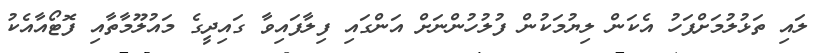
ލައި ތަޅުލުމަށްފަހު އެކަން ލިޔުމަކުން ފުލުހުންނަށް އަންގައި ފިލާފައިވާ ގައިދީގެ މައުލޫމާތާއި ފޮޓޯއާއެކު